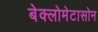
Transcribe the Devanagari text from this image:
बेक्लोमेटासोन